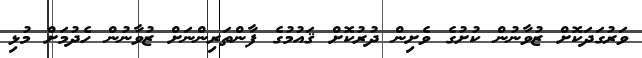
ވަރުގަދަކޮށް ޒުވާނުން ކުށުގެ ވެށިން ދުރުކޮށް ޤައުމުގެ ފާންތަރިންނަށް ޒުވާނުން ހެދުމަށް މުޅި